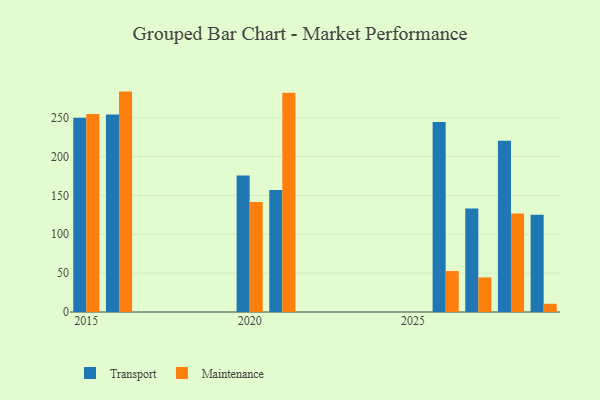
{"axis": {"x": "Year", "y": "Production Output"}, "legend": ["Maintenance", "Transport"], "data": [{"x": "2027", "y": 133.2, "type": "Transport"}, {"x": "2027", "y": 44.5, "type": "Maintenance"}, {"x": "2020", "y": 175.7, "type": "Transport"}, {"x": "2020", "y": 141.4, "type": "Maintenance"}, {"x": "2015", "y": 249.9, "type": "Transport"}, {"x": "2015", "y": 254.7, "type": "Maintenance"}, {"x": "2016", "y": 254.1, "type": "Transport"}, {"x": "2016", "y": 283.6, "type": "Maintenance"}, {"x": "2026", "y": 244.5, "type": "Transport"}, {"x": "2026", "y": 52.7, "type": "Maintenance"}, {"x": "2021", "y": 157.1, "type": "Transport"}, {"x": "2021", "y": 282.0, "type": "Maintenance"}, {"x": "2029", "y": 125.2, "type": "Transport"}, {"x": "2029", "y": 10.6, "type": "Maintenance"}, {"x": "2028", "y": 220.2, "type": "Transport"}, {"x": "2028", "y": 126.6, "type": "Maintenance"}]}